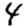
Digit: 4